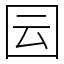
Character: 囩